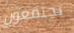
يجتمعون